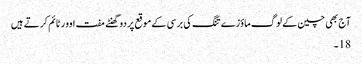
آج بھی چین کے لوگ ماؤزے تنگ کی برسی کے موقع پر دو گھنٹے مفت اوور ٹائم کرتے ہیں
18۔